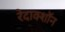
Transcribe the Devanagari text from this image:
रेदाक्शॉन